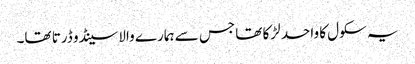
یہ سکول کا واحد لڑکا تھا جس سے ہمارے والا سینڈو ڈرتا تھا۔